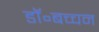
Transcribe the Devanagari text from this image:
डॉ॰बच्चन